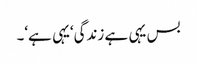
بس یہی ہے زندگی‘یہی ہے‘۔